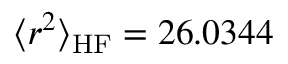
\langle r ^ { 2 } \rangle _ { \mathrm { H F } } = 2 6 . 0 3 4 4